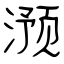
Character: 滪